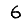
Digit: 6